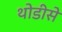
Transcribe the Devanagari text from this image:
थोडीसे